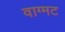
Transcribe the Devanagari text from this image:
वाग्मट